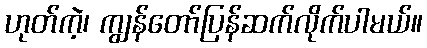
ဟုတ်ကဲ့၊ ကျွန်တော်ပြန်ဆက်လိုက်ပါမယ်။